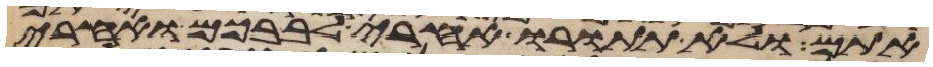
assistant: אתם ולא תתורו אחרי לבבכם ואחרי